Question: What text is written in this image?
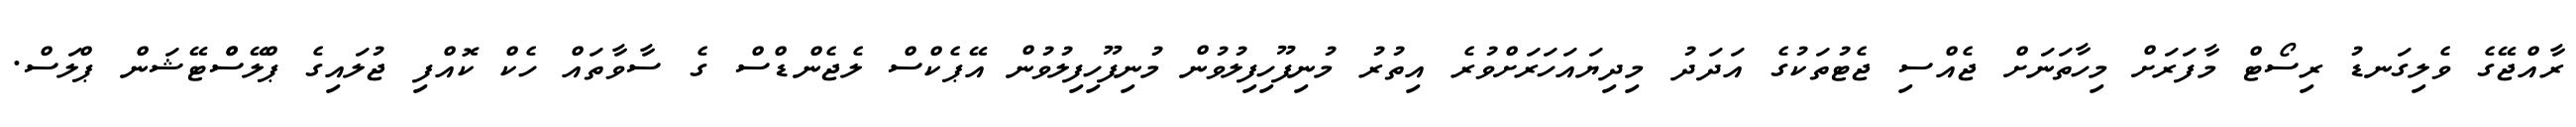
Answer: ރާއްޖޭގެ ވެލިގަނޑު ރިސޯޓް މާފަރަށް މިހާތަނަށް ޖެއްސި ޖެޓުތަކުގެ އަދަދު މިދިޔައަހަރަށްވުރެ އިތުރު މުނިފޫހިފިލުވުން މުނިފޫހިފިލުވުން އޭޕެކްސް ލެޖެންޑްސް ގެ ސާވާތައް ހެކް ކޮއްފި ޖުލައިގެ ޕްލޭސްްޓޭޝަން ޕްލަސް.